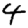
Digit: 4